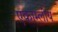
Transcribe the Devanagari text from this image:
एकाम्लीय